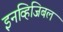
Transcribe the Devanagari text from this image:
इनव्हिजिबल